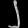
Digit: ၂